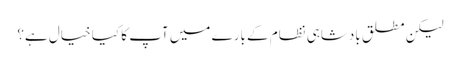
لیکن مطلق بادشاہی نظام کے بارے میں آپ کا کیا خیال ہے؟